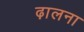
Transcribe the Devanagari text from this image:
ढ़ालना